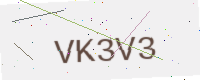
Text: VK3V3